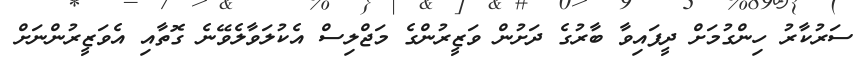
ސަރުކާރު ހިންގުމަށް ދީފައިވާ ބާރުގެ ދަށުން ވަޒީރުންގެ މަޖްލިސް އެކުލަވާލެވޭނެ ގޮތާއި އެވަޒީރުންނަށް